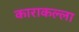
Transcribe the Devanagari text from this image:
काराकल्ला